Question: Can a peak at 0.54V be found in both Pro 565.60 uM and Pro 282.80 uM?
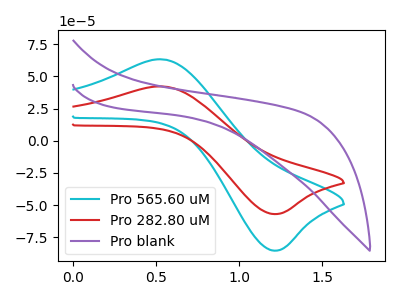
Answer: <think>The cyan curve "Pro 565.60 uM" has an anodic peak at (0.55V, 63.10uA) and a cathodic peak at (1.20V, -85.25uA). The red curve "Pro 282.80 uM" has an anodic peak at (0.55V, 42.10uA) and a cathodic peak at (1.20V, -56.85uA). The purple curve "Pro blank" has no peaks.</think>
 <answer>Yes, "Pro 565.60 uM" and "Pro 282.80 uM" share a peak at 0.54V.</answer>
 <eval>match</eval>